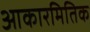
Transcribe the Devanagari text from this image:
आकारमितिक